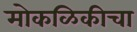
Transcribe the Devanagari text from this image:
मोकळिकीचा